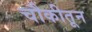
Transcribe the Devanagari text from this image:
चौकीतून